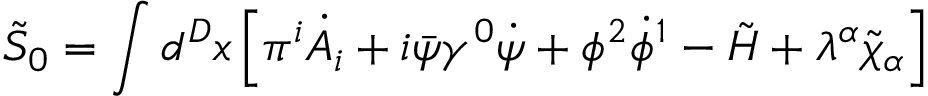
\tilde { S } _ { 0 } = \int d ^ { D } x \left[ \pi ^ { i } \dot { A } _ { i } + i \bar { \psi } \gamma ^ { 0 } \dot { \psi } + \phi ^ { 2 } \dot { \phi } ^ { 1 } - \tilde { \cal H } + \lambda ^ { \alpha } \tilde { \chi } _ { \alpha } \right]